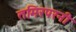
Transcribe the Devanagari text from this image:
तमिरपरनी